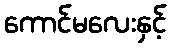
ကောင်မလေးနှင့်